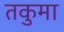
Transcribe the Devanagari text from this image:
तकुमा